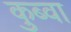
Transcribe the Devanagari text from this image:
कुब्वा